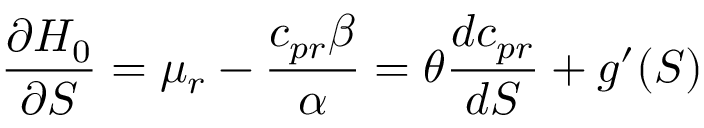
\frac { \partial { \cal H } _ { 0 } } { \partial S } = \mu _ { r } - \frac { c _ { p r } \beta } { \alpha } = \theta \frac { d c _ { p r } } { d S } + g ^ { \prime } ( S )